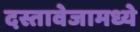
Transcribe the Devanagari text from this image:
दस्तावेजामध्ये